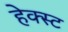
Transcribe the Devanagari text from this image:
हेक्स्ट